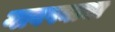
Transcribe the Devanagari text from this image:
गावपनाचा